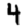
Digit: 4